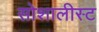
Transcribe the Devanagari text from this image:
सोशालीस्ट